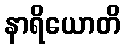
နာရိယောတိ